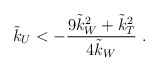
\begin{align*}\tilde{k}_U < - \frac{9\tilde{k}_W^2+\tilde{k}_T^2}{4\tilde{k}_W}~.\end{align*}